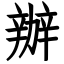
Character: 辦